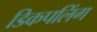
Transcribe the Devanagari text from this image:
डिकपलिंग